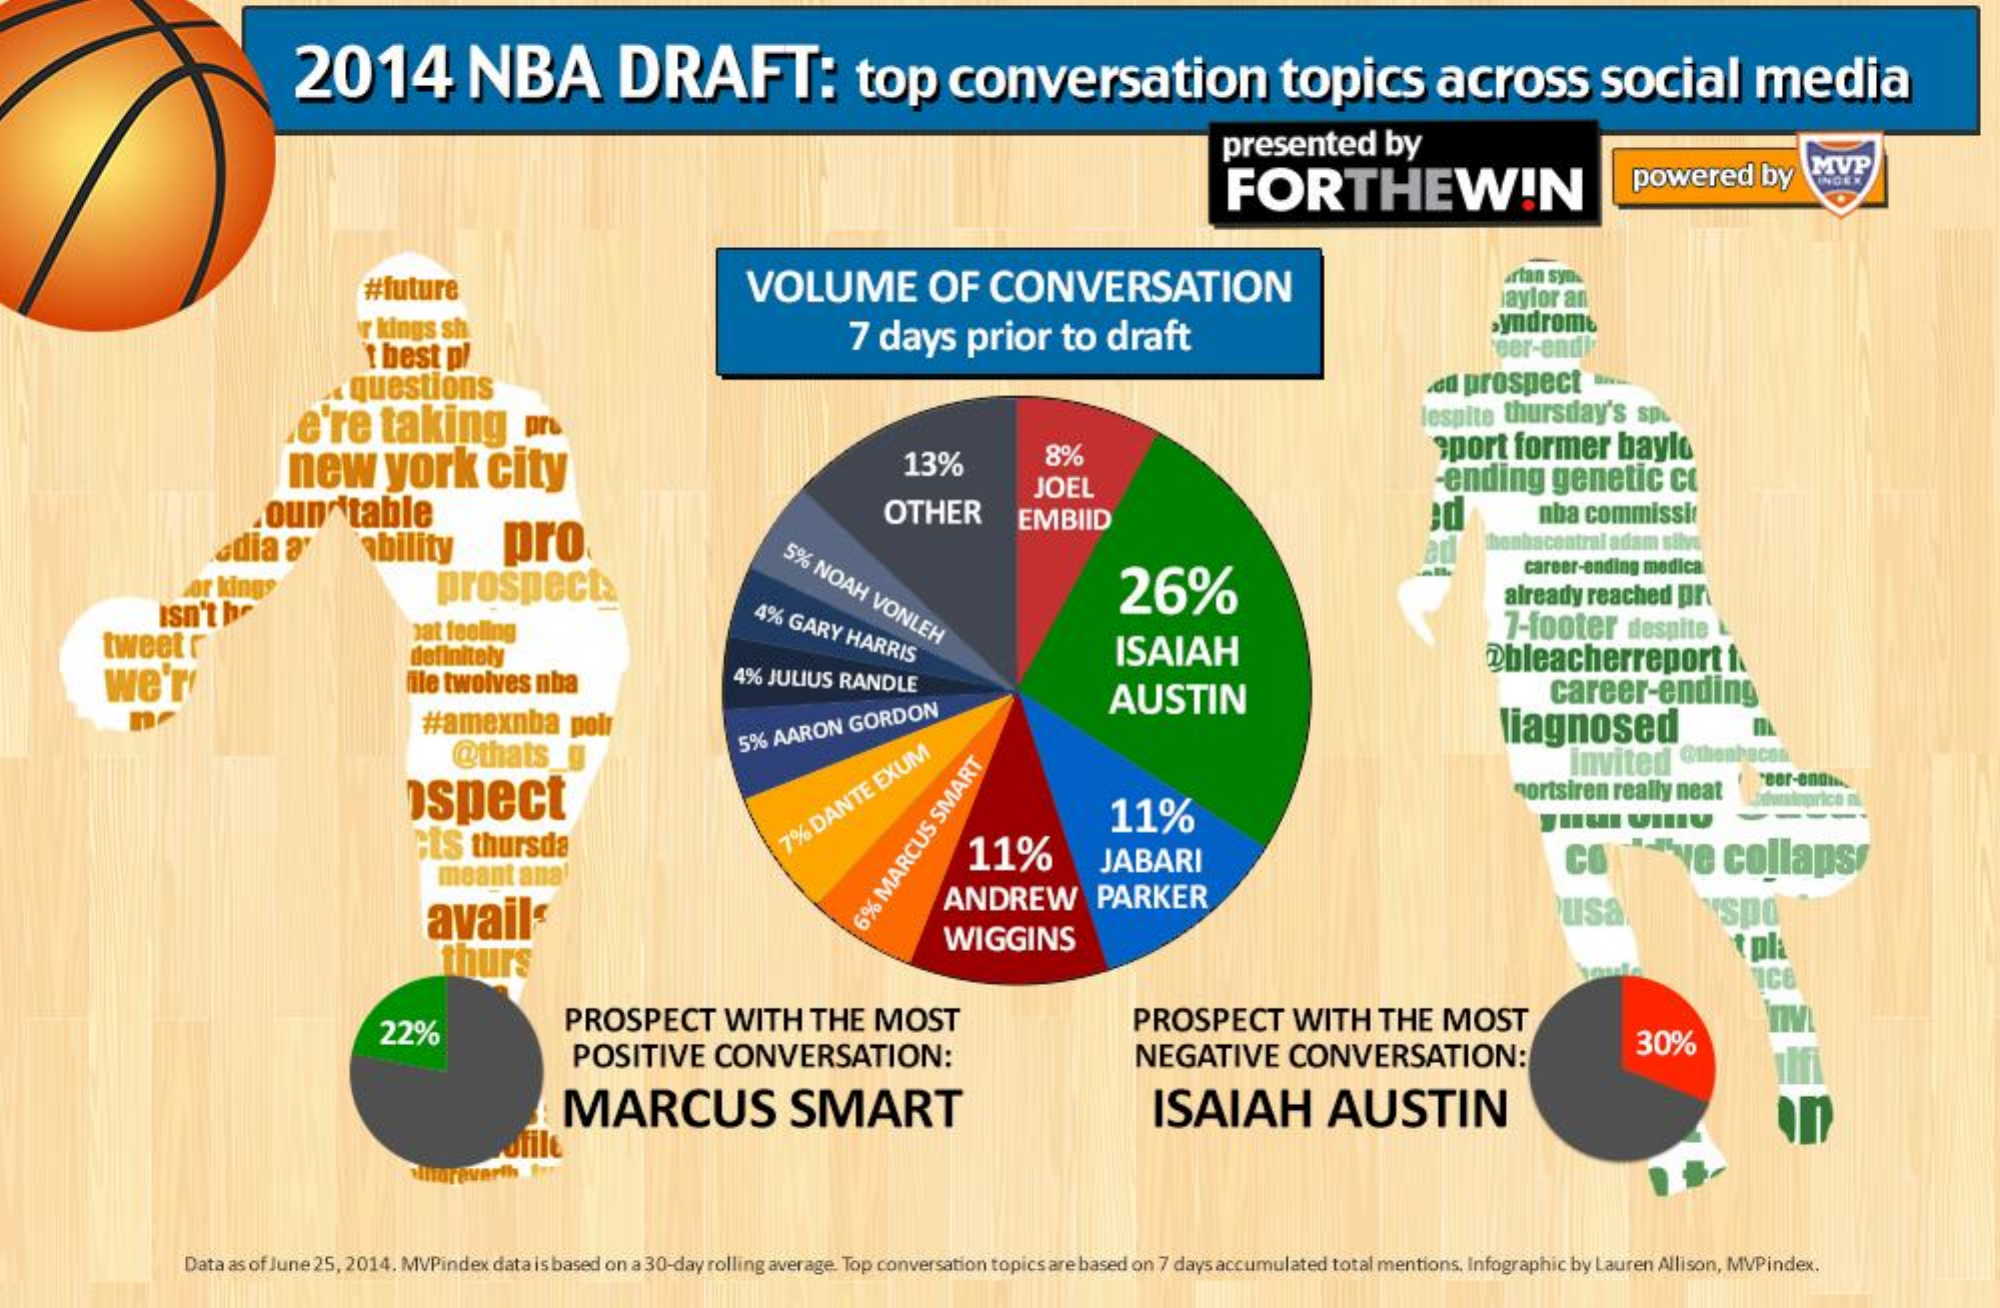
2014    NBA    DRAFT:    top    conversation    topics    across    social    media
     presented    by
     FORTHEWIN    powered    by   MVP
     #future    VOLUME    OF    CONVERSATION    artan syn.
     aylor an
     r kings sh
     t best  pl    7  days    prior    to  draft
     syndrome
     « questions    od prospect
     e're    taking_m    espite thursday's   sp.
     new    york    city    13%    8%    sport   former    baylo
     oun    table
     pro
     OTHER
     JOEL    -ending   genetic    cc
     adia   ay
     EMBIID    nba  commissi
     ability
     ed
     5%
     NOAH
     VONLEH
     Lor kings    26%
     career-ending medica
     isn't  he
     prospects
     4% GARY
     HARRIS
     already reached  pr
     tweetr    Dat feeling    7-footer    despite
     we'r
     definitely    ISAIAH
     file twoives nba    4% JULIUS RANDLE
     @bleacherreport    t.
     career-ending
     #amexnba    poir
     AUSTIN
     @thats_
     liagnosed
     5% AARON   GORDON
     ospect
     Inviter    @thenbecon
     nortsiren really neat    price
     Cts  thursda    7%
     DANTE
     EXUM
     11%
     11%
     JABARI    CO    idiye    collaps
     avail*
     ANDREW    PARKER    usa    spd 6%
     MARCUS
     SMART
     thurs
     WIGGINS
     22%    PROSPECT    WITH    THE   MOST    PROSPECT    WITH    THE   MOST
     POSITIVE    CONVERSATION:    NEGATIVE    CONVERSATION:    30%
     MARCUS    SMART    ISAIAH    AUSTIN
     Data as of June 25, 2014. MVPindex data is based on a 30-day rolling average. Top conversation topics are based on 7 days accumulated total mentions. Infographic by Lauren Allison, MVPindex.